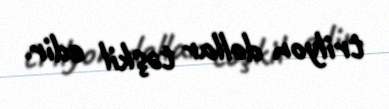
trilyon dollar təşkil edir.